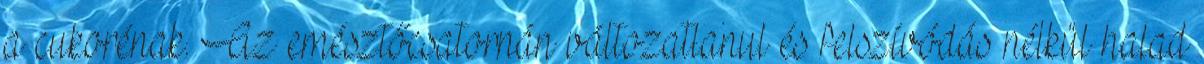
a cukorénak. Az emésztőcsatornán változatlanul és felszívódás nélkül halad